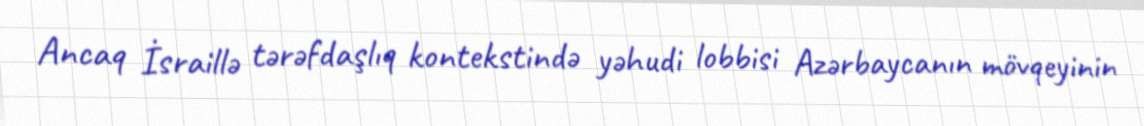
Ancaq İsraillə tərəfdaşlıq kontekstində yəhudi lobbisi Azərbaycanın mövqeyinin